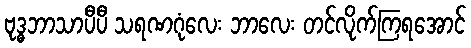
ဗုဒ္ဓဘာသာပီပီ သရဏဂုံလေး ဘာလေး တင်လိုက်ကြရအောင်